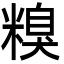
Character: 糗